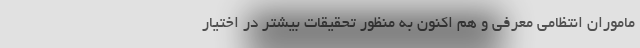
ماموران انتظامی معرفی و هم اکنون به منظور تحقیقات بیشتر در اختیار